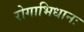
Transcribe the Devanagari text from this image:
रोगाभिधानः